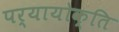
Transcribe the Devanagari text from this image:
पर्यायोक्ति